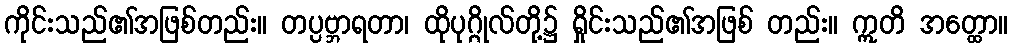
ကိုင်းသည်၏အဖြစ်တည်း။ တပ္ပဗ္ဘာရတာ၊ ထိုပုဂ္ဂိုလ်တို့၌ ရှိုင်းသည်၏အဖြစ် တည်း။ ဣတိ အတ္ထော။